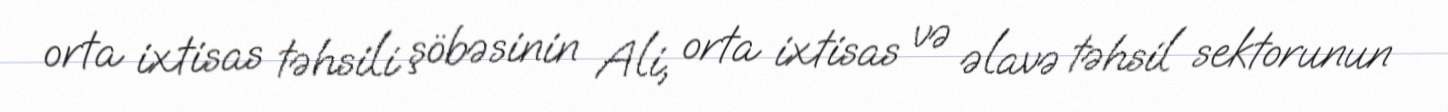
orta ixtisas təhsili şöbəsinin Ali, orta ixtisas və əlavə təhsil sektorunun